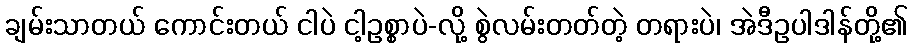
ချမ်းသာတယ် ကောင်းတယ် ငါပဲ ငါ့ဥစ္စာပဲ-လို့ စွဲလမ်းတတ်တဲ့ တရားပဲ၊ အဲဒီဥပါဒါန်တို့၏